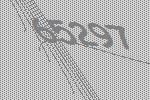
65297